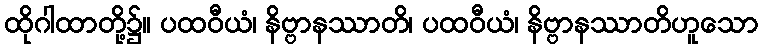
ထိုဂါထာတို့၌။ ပထဝီယံ၊ နိဗ္ဗာနဿာတိ၊ ပထဝီယံ၊ နိဗ္ဗာနဿာတိဟူသော